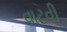
વાટવી